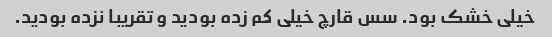
خیلی خشک بود. سس قارچ خیلی کم زده بودید و تقریبا نزده بودید.